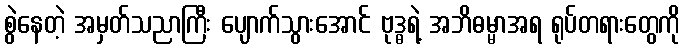
စွဲနေတဲ့ အမှတ်သညာကြီး ပျောက်သွားအောင် ဗုဒ္ဓရဲ့ အဘိဓမ္မာအရ ရုပ်တရားတွေကို